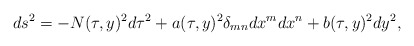
\begin{align*}ds^2=-N(\tau,y)^2 d\tau^2+a(\tau,y)^2 \delta_{mn}dx^{m}dx^{n}+b(\tau,y)^2 dy^2,\end{align*}